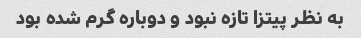
به نظر پیتزا تازه نبود و دوباره گرم شده بود